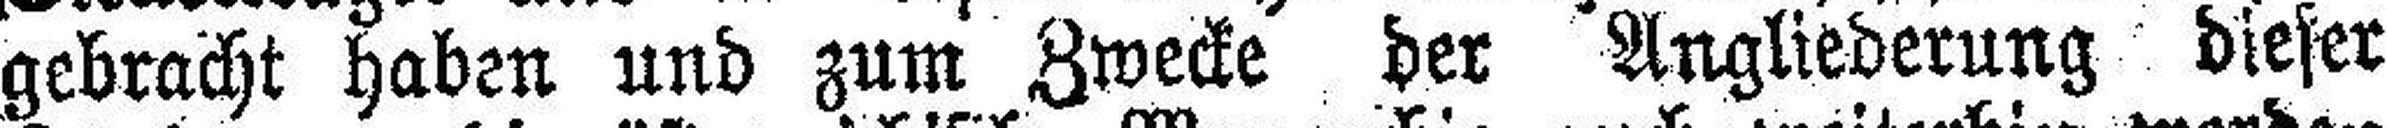
gebracht haben und zum Zwecke der Angliederung dieser